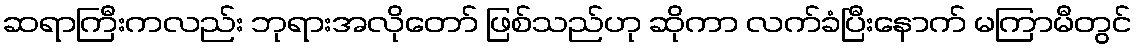
ဆရာကြီးကလည်း ဘုရားအလိုတော် ဖြစ်သည်ဟု ဆိုကာ လက်ခံပြီးနောက် မကြာမီတွင်